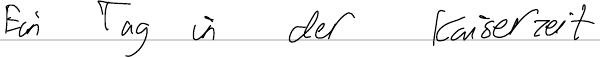
Ein Tag in der Kaiserzeit